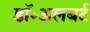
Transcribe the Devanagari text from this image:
डॉ॰अलबर्ट